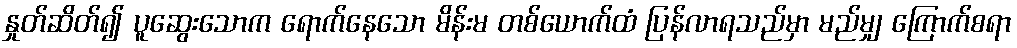
နှုတ်ဆိတ်၍ ပူဆွေးသောက ရောက်နေသော မိန်းမ တစ်ယောက်ထံ ပြန်လာရသည်မှာ မည်မျှ ကြောက်စရာ